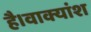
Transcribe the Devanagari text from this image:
है।वाक्यांश